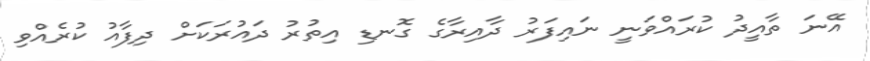
އޭނަ ތާއީދު ކުރައްވަނީ ނައިފަރު ދާއިރާގެ ގޮނޑި އިތުރު ދައުރަކަށް ދިފާއު ކުރެއްވި